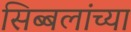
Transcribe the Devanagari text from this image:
सिब्बलांच्या